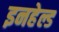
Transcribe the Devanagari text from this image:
इनहेल्ड